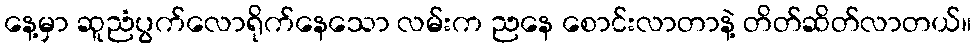
နေ့မှာ ဆူညံပွက်လောရိုက်နေသော လမ်းက ညနေ စောင်းလာတာနဲ့ တိတ်ဆိတ်လာတယ်။